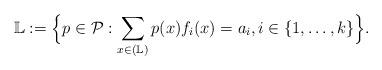
LaTeX: \begin{align*}\mathbb{L}:= \Big\{p\in\mathcal{P} : \sum\limits_{x\in (\mathbb{L})} p(x)f_i(x) = a_i, i\in\{1,\dots,k\}\Big\}.\end{align*}